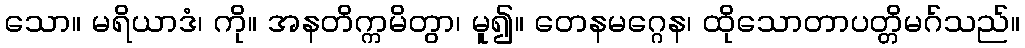
သော။ မရိယာဒံ၊ ကို။ အနတိက္ကမိတွာ၊ မူ၍။ တေနမဂ္ဂေန၊ ထိုသောတာပတ္တိမဂ်သည်။